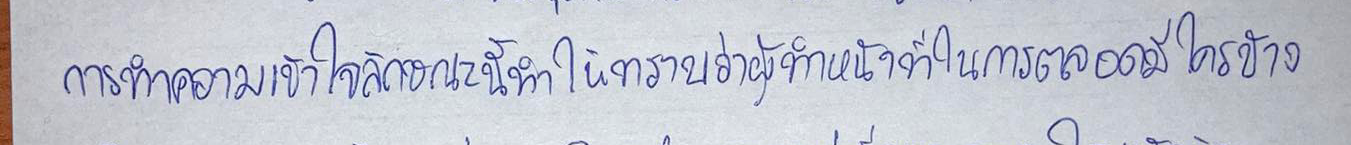
การทำความเข้าใจลักษณะนี้ทำให้ทราบว่าผู้ทำหน้าที่ในการตลาดมีใครบ้าง